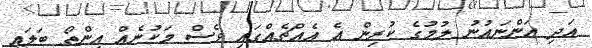
އަދި އަންނައުނު ލުމުގެ ކުރިން އެ އެއްޗެއްގައި ވެސް މަކުނެއް އިންތޯ ބަލައި